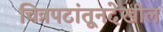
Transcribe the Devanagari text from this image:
चित्रपटांतूनदेखील